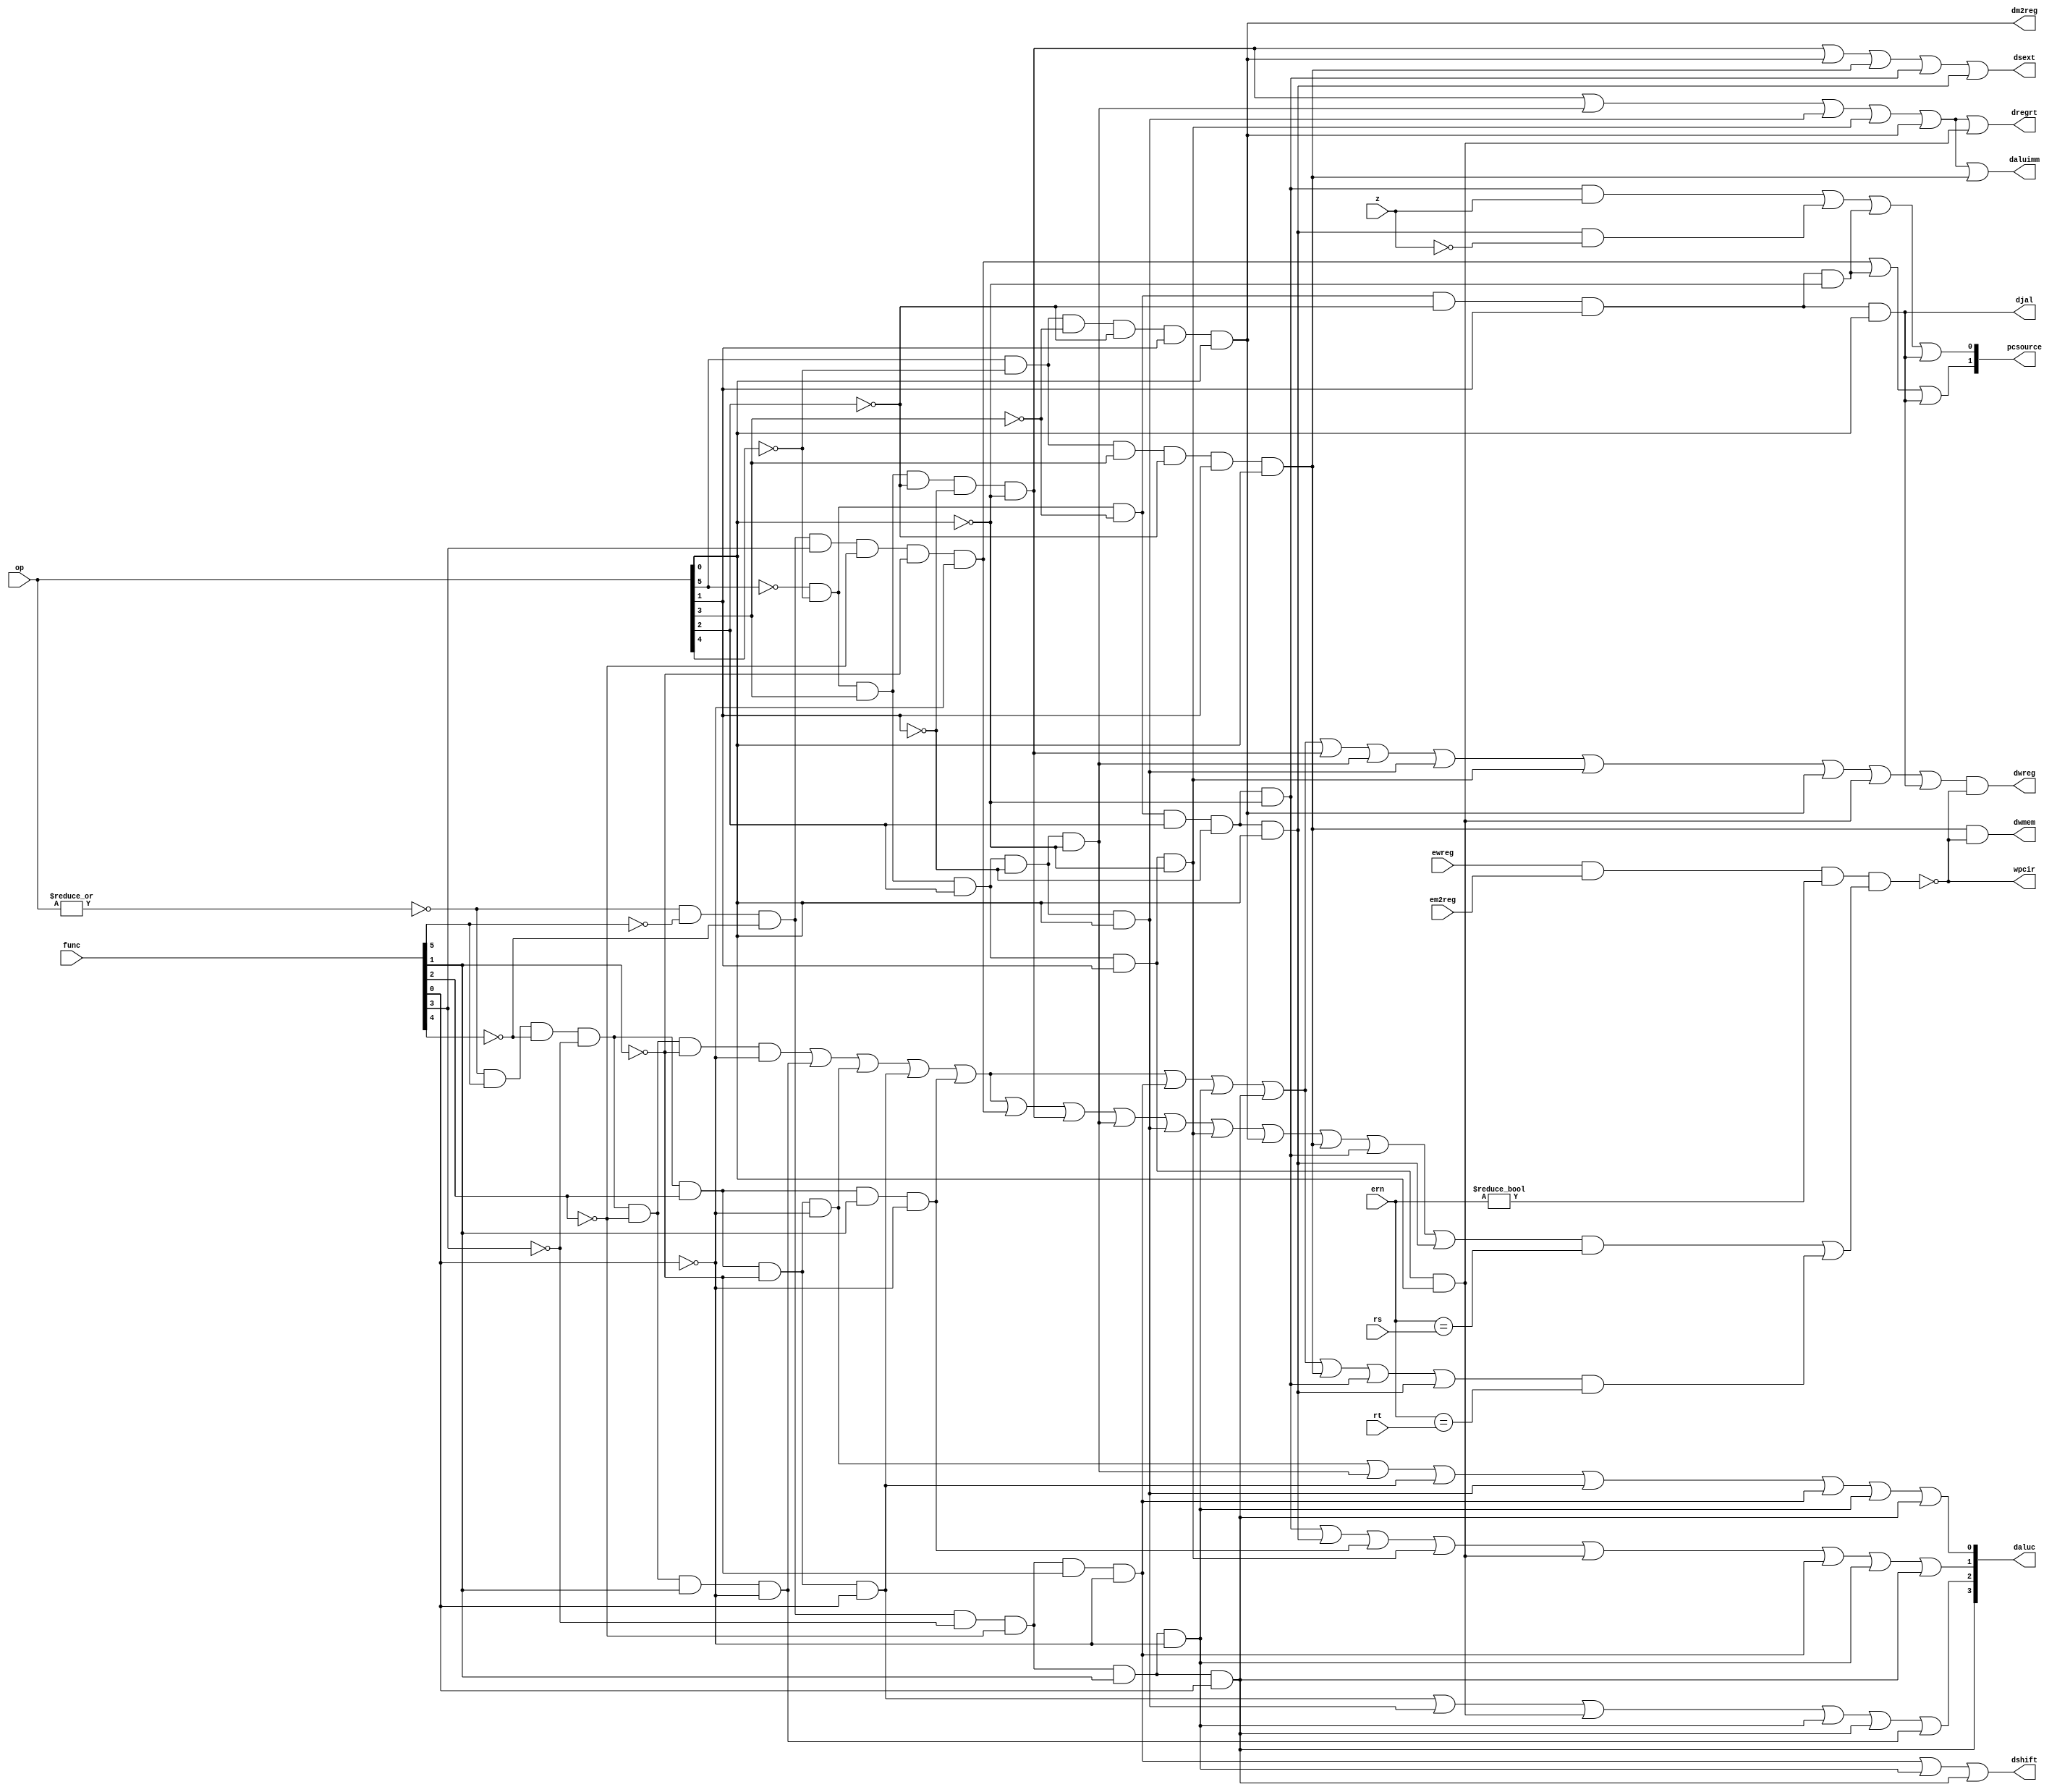
module pipecu(op, func, ewreg, ern, em2reg, z, rs, rt, dwmem, dwreg, dregrt, dm2reg, daluc, dshift,
              daluimm, pcsource, djal, dsext,wpcir);
   input  [5:0] op,func;
   input        z,ewreg,em2reg;
	input [4:0] rs,rt,ern;
   output       wpcir,dwreg,dregrt,djal,dm2reg,dshift,daluimm,dsext,dwmem;
   output [3:0] daluc;
   output [1:0] pcsource;
   wire r_type = ~|op;
   wire i_add = r_type & func[5] & ~func[4] & ~func[3] &
                ~func[2] & ~func[1] & ~func[0];          //100000
   wire i_sub = r_type & func[5] & ~func[4] & ~func[3] &
                ~func[2] &  func[1] & ~func[0];          //100010
      

   
   wire i_and =  r_type & func[5] & ~func[4] & ~func[3] & func[2] & 
                ~func[1] & ~func[0]; //100100
   wire i_or  =  r_type & func[5] & ~func[4] & ~func[3] & func[2] & 
                ~func[1] & func[0]; //100101

   wire i_xor =  r_type & func[5] & ~func[4] & ~func[3] & func[2] & 
                func[1] & ~func[0]; //100110
   wire i_sll =  r_type & ~func[5] & ~func[4] & ~func[3] & ~func[2] &
                ~func[1] & ~func[0]; //000000
   wire i_srl = r_type & ~func[5] & ~func[4] & ~func[3] & ~func[2] &
                func[1] & ~func[0]; //000010
   wire i_sra = r_type & ~func[5] & ~func[4] & ~func[3] & ~func[2] &
                func[1] & func[0]; //000011
   wire i_jr  = r_type & ~func[5] & ~func[4] & func[3] & ~func[2] &
                ~func[1] & ~func[0]; //001000
  
   
   wire i_addi = ~op[5] & ~op[4] &  op[3] & ~op[2] & ~op[1] & ~op[0]; //001000
   wire i_andi = ~op[5] & ~op[4] &  op[3] &  op[2] & ~op[1] & ~op[0]; //001100
   
   wire i_ori  = ~op[5] & ~op[4] &  op[3] &  op[2] & ~op[1] & op[0]; //001101
   wire i_xori = ~op[5] & ~op[4] &  op[3] &  op[2] & op[1] & ~op[0]; //001110
   wire i_lw   = op[5] & ~op[4] &  ~op[3] &  ~op[2] & op[1] & op[0]; //100011
   wire i_sw   = op[5] & ~op[4] &  op[3] &  ~op[2] & op[1] & op[0]; //101011
   wire i_beq  = ~op[5] & ~op[4] &  ~op[3] & op[2] & ~op[1] & ~op[0]; //000100
   wire i_bne  = ~op[5] & ~op[4] &  ~op[3] & op[2] & ~op[1] & op[0]; //000101
   wire i_lui  = ~op[5] & ~op[4] &  op[3] & op[2] & op[1] & op[0]; //001111
   wire i_j    = ~op[5] & ~op[4] &  ~op[3] & ~op[2] & op[1] & ~op[0]; //000010
   wire i_jal  = ~op[5] & ~op[4] &  ~op[3] & ~op[2] & op[1] & op[0]; //000011
   
  
   assign pcsource[1] = i_jr | i_j | i_jal;
   assign pcsource[0] = ( i_beq & z ) | (i_bne & ~z) | i_j | i_jal ;
   
   assign dwreg = (i_add | i_sub | i_and | i_or   | i_xor  |
                 i_sll | i_srl | i_sra | i_addi | i_andi |
                 i_ori | i_xori | i_lw | i_lui  | i_jal) & wpcir;
   
	wire i_rs = i_add | i_sub | i_and | i_or | i_xor | i_jr | i_addi | i_andi | i_ori |
			i_xori | i_lw | i_sw | i_beq | i_bne;
	wire i_rt = i_add | i_sub | i_and | i_or | i_xor | i_sll | i_srl | i_sra | i_sw |
			i_beq | i_bne;
			
	 assign wpcir = ~(ewreg & em2reg & (ern != 0) & (i_rs & (ern == rs) | 
											    i_rt & (ern == rt)));
   
   assign daluc[3] = i_sra;
   assign daluc[2] = i_or | i_ori | i_lui | i_srl | i_sra | i_sub;
   assign daluc[1] = i_beq | i_bne | i_xor | i_xori | i_lui | i_sll | i_srl | i_sra;
   assign daluc[0] = i_and | i_andi | i_or | i_ori | i_sll | i_srl | i_sra;
   assign dshift   = i_sll | i_srl | i_sra ;

   assign daluimm  = i_addi | i_andi | i_ori | i_xori | i_lw | i_sw; 
   assign dsext    = i_addi | i_lw | i_sw | i_beq | i_bne;
   assign dwmem    = i_sw & wpcir;
   assign dm2reg   = i_lw;
   assign dregrt   = i_addi | i_andi | i_ori | i_xori | i_lw | i_lui;
   assign djal     = i_jal;

endmodule